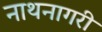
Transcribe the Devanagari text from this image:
नाथनागरी